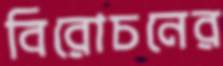
বিরোচনের